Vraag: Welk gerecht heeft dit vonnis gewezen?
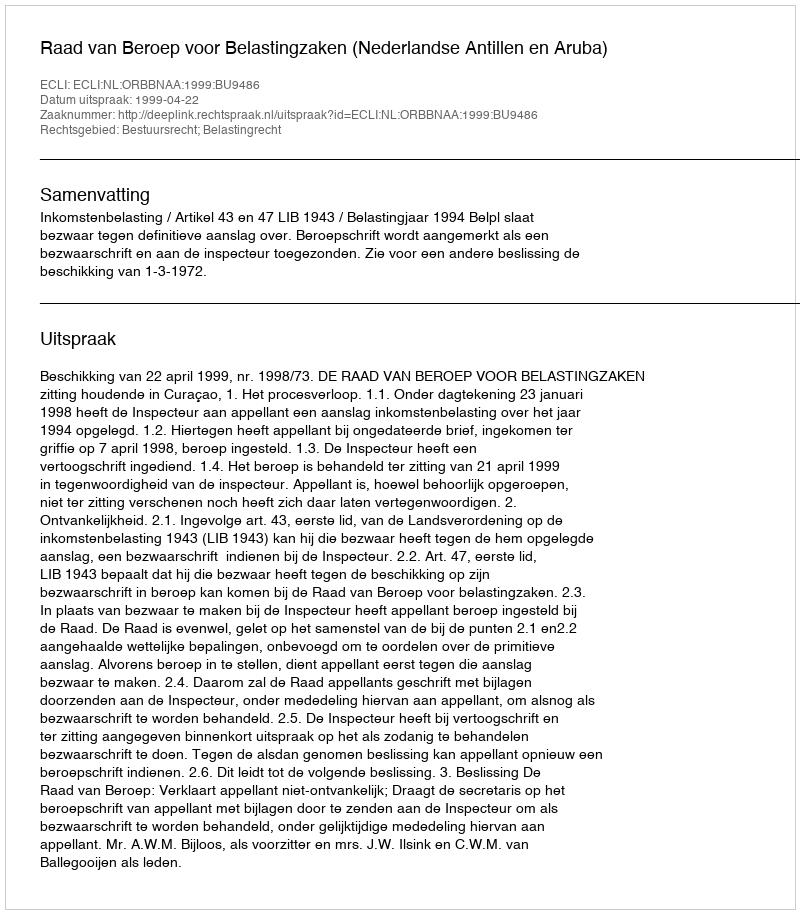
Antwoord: Raad van Beroep voor Belastingzaken (Nederlandse Antillen en Aruba)